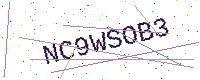
Text: NC9WSOB3